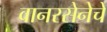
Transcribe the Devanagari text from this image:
वानरसेनेचे